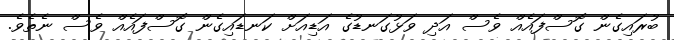
ބުރައިގެން ގޮސްފައެއް ވެސް އަދި ވަޅުގަނޑުގެ އަޑިއަށް ކަނޑައިގެން ގޮސްފައެއް ވެސް ނެތެވެ.